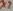
Text: x2